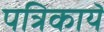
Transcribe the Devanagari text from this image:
पत्रिकायॆं